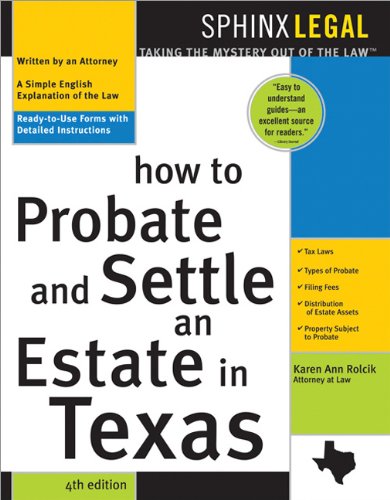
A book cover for How to Probate and Settle an Estate in Texas, 4th Ed. (Ready to Use Forms with Detailed Instructions); Karen Rolcik; Law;